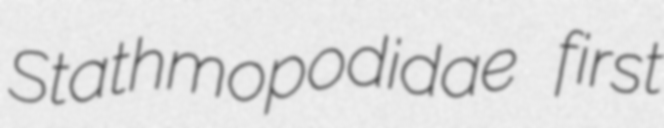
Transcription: Stathmopodidae first